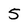
Character: 5